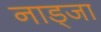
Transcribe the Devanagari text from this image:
नाड्जा